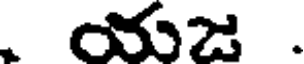
యజ .